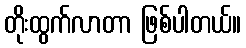
တိုးထွက်လာတာ ဖြစ်ပါတယ်။